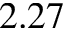
2 . 2 7